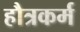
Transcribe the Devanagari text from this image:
हौत्रकर्म